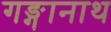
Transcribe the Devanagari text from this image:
गङ्गानाथ